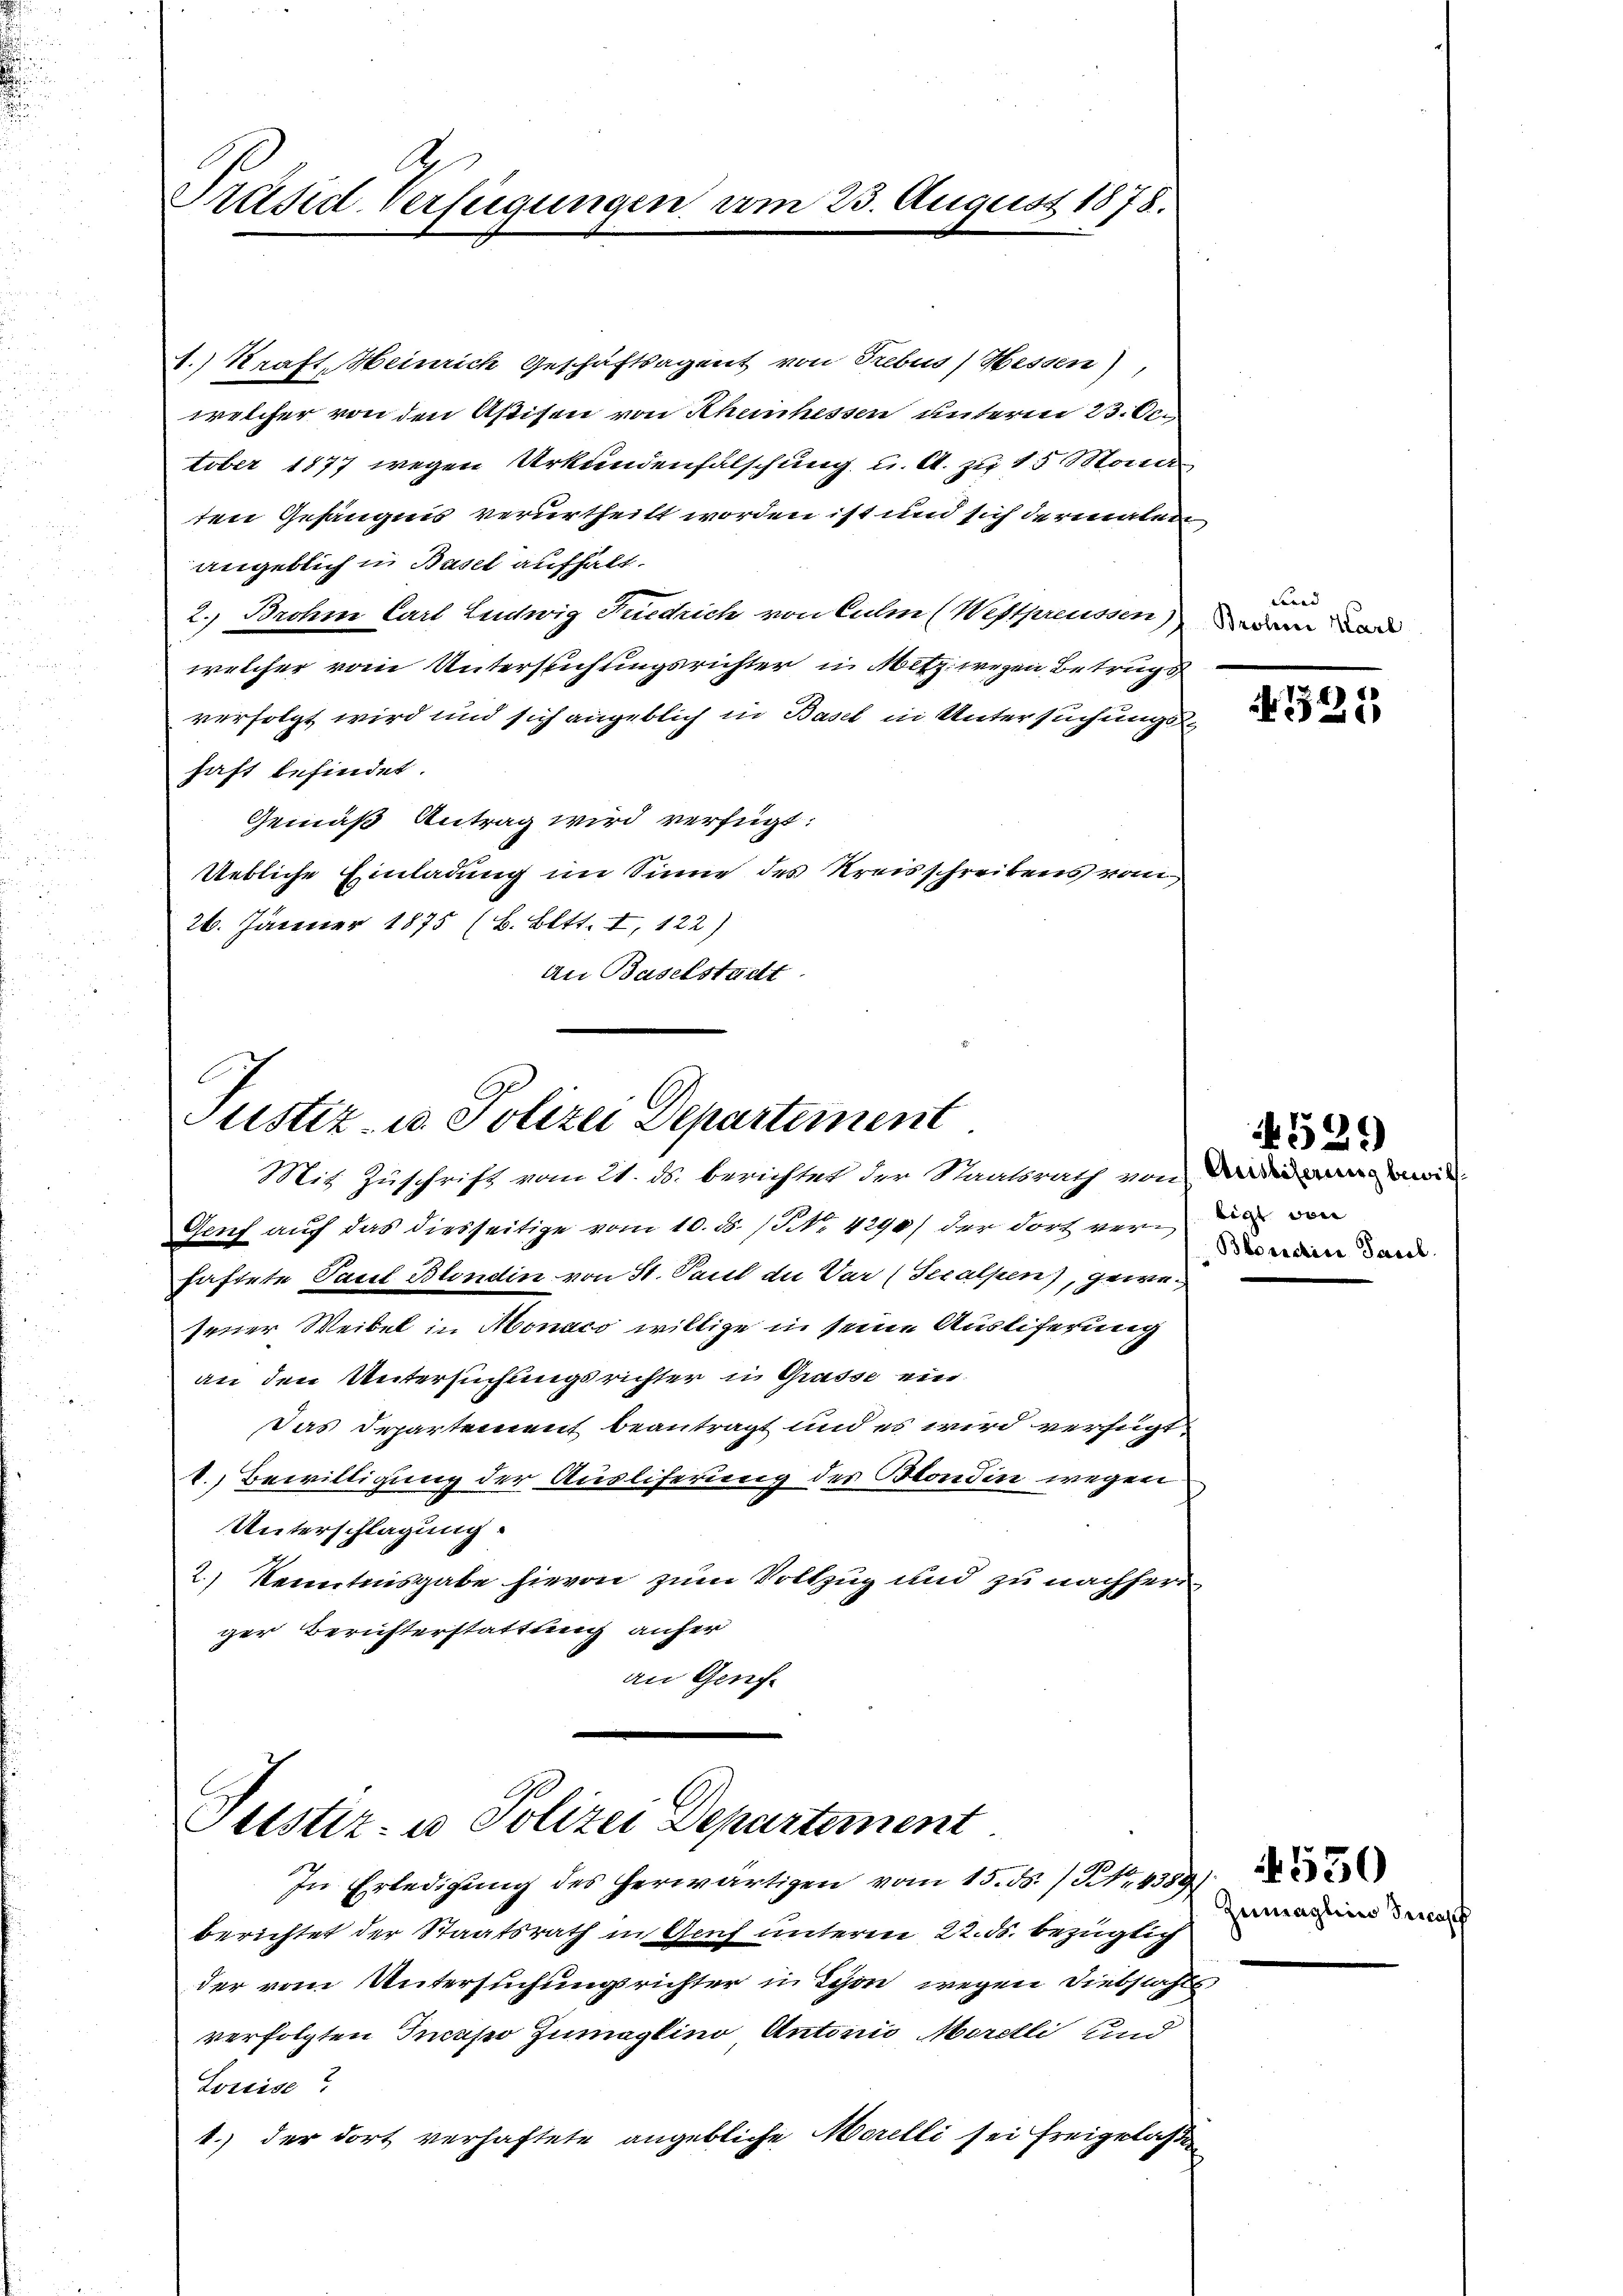
Präsid-Verfügungen am 25. August 1878.

1.) Kraft, Heinrich Geschäftsagent von Trebus, Hessen),
welcher von den Aßisen von Rheinhesser unterm 23. Oc
tober 1877 wegen Urkundenfalschung u. A. zu 15 Mona
ten Gefängnis verurtheilt worden ist und sich dermalen
angeblich in Basel aufhalt.
2. Brohm Carl Lentwig Suedrich von Culm (Westpreussen) den und
welcher vom Untersuchungsrichter in Mitz wegen Betrugs
verfolgt wird und sich angeblich in Basel in Untersuchungshaft befindet.
Gemäß Antrag wird verfügt:
Uebliche Einladung im Sinne des Kreisschreibens vom
26. Jänner 1875 (B. Bett. I, 122)
An Baselstadt

Justiz- u Polizei Departement
Mit Zuschrift vom 21. ds. berichtet der Staatsrath von darin wir

Gruf auf das diesseitige vom 10. ds. / NNo. 4290/ der dort verdar von
haftete Paul Blondin von St. Paul die Var (Seralpen, gewejener Weibel in Monaco willige in seine Ausliferung
an den Untersuchungsrichter in Grasse ein
Das Departement beantragt und es wird verfügt,
1.) Bewilligung der Ausliferung des Blondin wegen
Unterschlagung:
2.) Kenntnisgabe hievon zum Vollzug und zu nachher
ger Berichterstattung anher
an Genf.

Justiz- u Polizei Departement
In Erledigŭng des herwärtigen vom 15. ds. / No. 4389/

berichtet der Staatsrath in Genf unteren 22. ds. bezüglich
der vom Untersuchungsrichter in Schon wegen Diebstahls
verfolgten Incapo Zumaglino, Antonio Morelli und
Lorcise?
1.) der dort verhaftete angebliche Morelli sei freigelaßen

Gerad

N 325

Bloractica Parcel.

4529

Zumaglin Tricas